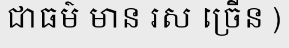
ជាធម៌ មាន រស ច្រើន )